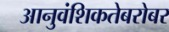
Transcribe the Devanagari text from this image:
आनुवंशिकतेबरोबर